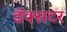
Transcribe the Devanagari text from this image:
डॅक्सटर